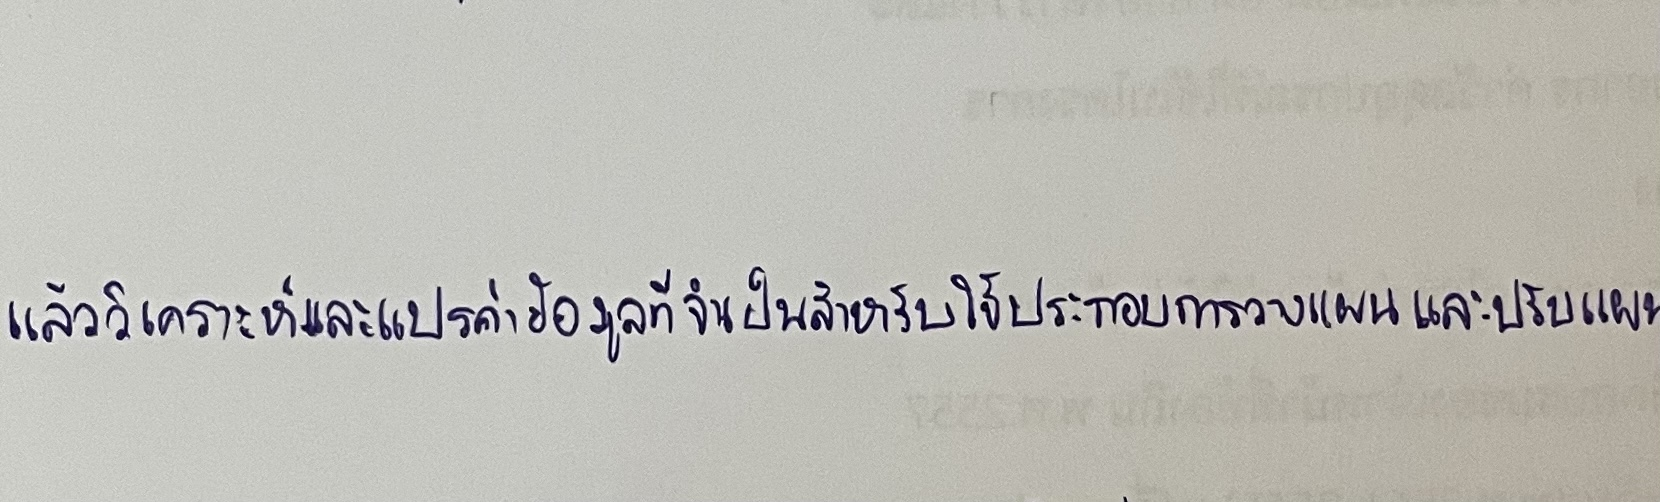
แล้ววิเคราะห์และแปรค่าข้อมูลที่จำเป็นสำหรับใช้ประกอบการวางแผนและปรับแผน